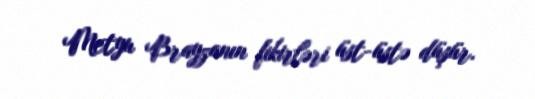
Metyu Brayzanın fikirləri üst-üstə düşür.